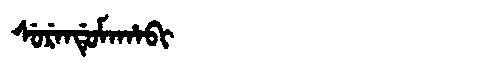
Manchu: ᠰᡠᡵᡝᠨᡩᡠᠮᠠᡥᠠᠪᡳ
Romanization: SURENDUMAHABI